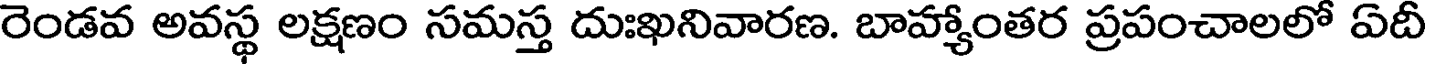
రెండవ అవస్థ లక్షణం సమస్త దుఃఖనివారణ. బాహ్యాంతర ప్రపంచాలలో ఏదీ